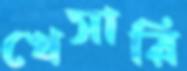
খেসারি